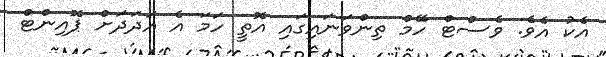
އެކު އެވެ. ވެސްޓް ހޭމް ތިންވަނައިގައި އޮތީ ހަމަ އެ އަދަދަށް ޕޮއިންޓް